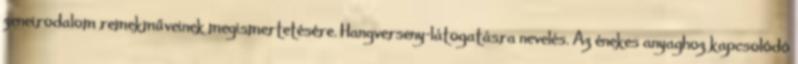
zeneirodalom remekműveinek megismertetésére. Hangverseny-látogatásra nevelés. Az énekes anyaghoz kapcsolódó